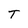
Character: T